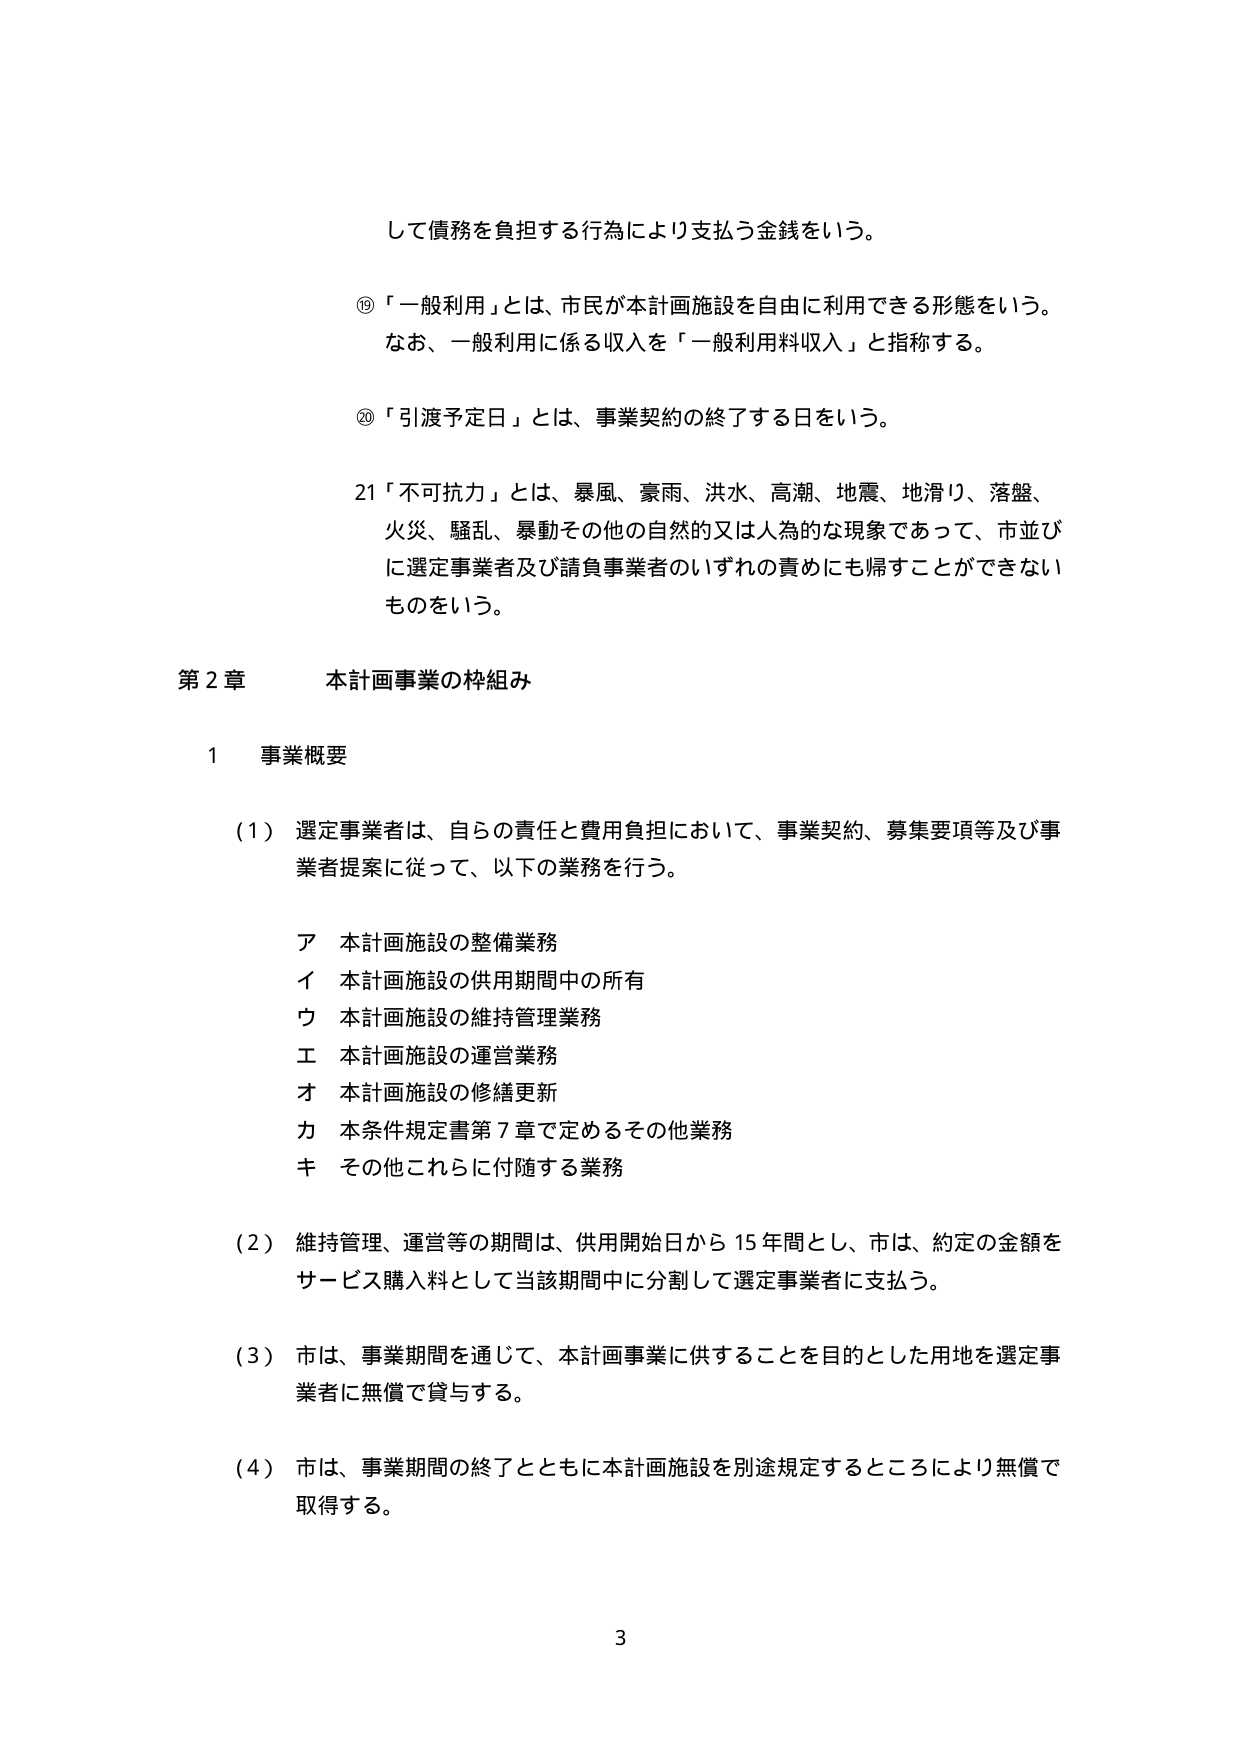
して債務を負担する行為により支払う金銭をいう。

⑲「一般利用」とは、市民が本計画施設を自由に利用できる形態をいう。
なお、一般利用に係る収入を「一般利用料収入」と指称する。

⑳「引渡予定日」とは、事業契約の終了する日をいう。

21「不可抗力」とは、暴風、豪雨、洪水、高潮、地震、地滑り、落盤、
火災、騒乱、暴動その他の自然的又は人為的な現象であって、市並び
に選定事業者及び請負事業者のいずれの責めにも帰すことができない
ものをいう。

第2章 本計画事業の枠組み

1 事業概要

（1）選定事業者は、自らの責任と費用負担において、事業契約、募集要項等及び事業者提案に従って、以下の業務を行う。

ア 本計画施設の整備業務
イ 本計画施設の供用期間中の所有
ウ 本計画施設の維持管理業務
エ 本計画施設の運営業務
オ 本計画施設の修繕更新
カ 本条件規定書第7章で定めるその他業務
キ その他これらに付随する業務

（2）維持管理、運営等の期間は、供用開始日から15年間とし、市は、約定の金額をサービス購入料として当該期間中に分割して選定事業者に支払う。

（3）市は、事業期間を通じて、本計画事業に供することを目的とした用地を選定事業者に無償で貸与する。

（4）市は、事業期間の終了とともに本計画施設を別途規定するところにより無償で取得する。

3